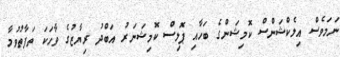
ނަމަވެސް އިލެކްޝަންސް ކޮމިޝަންގެ ބަހާއި ޕޮލިސް ކޮމިޝަނަރު އަބްދު ރިޔާޒުގެ ވާހަކަ ތަފާތުވުމާ